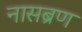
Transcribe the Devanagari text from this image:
नासब्रण